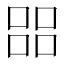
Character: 㗊